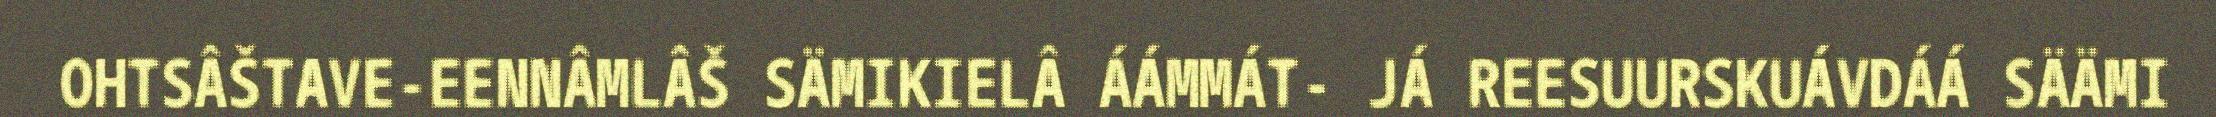
OHTSÂŠTAVE-EENNÂMLÂŠ SÄMIKIELÂ ÁÁMMÁT- JÁ REESUURSKUÁVDÁÁ SÄÄMI